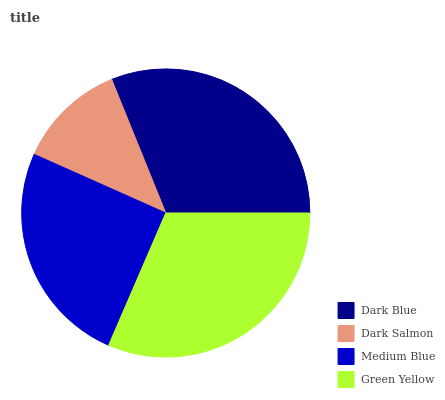
| Dark Blue | Dark Salmon | Medium Blue | Green Yellow |
 | --- | --- | --- | --- |
 | 31.2% | 12.2% | 25.1% | 31.5% |